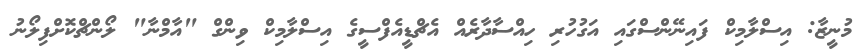
މުނީޒާ: އިސްލާމިކް ފައިނޭންސްގައި އަގުހުރި ހިއްސާދާރެއް އެޗްޑީއެފްސީގެ އިސްލާމިކް ވިންގް "އާމްނާ" ލޯންޗްކޮށްފިލޯނު